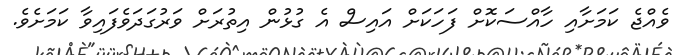
ވެއްޖެ ކަމަށާއި ހާއްސަކޮށް ފަހަކަށް އައިސް އެ ގުޅުން އިތުރަށް ވަރުގަދަވެފައިވާ ކަމަށެވެ.